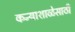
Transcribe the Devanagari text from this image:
कन्याशाळेसाठी